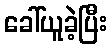
ခေါ်ယူခဲ့ပြီး